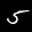
Label: 5